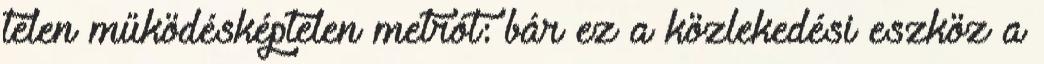
télen működésképtelen metrót: bár ez a közlekedési eszköz a